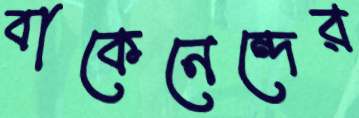
বাকেনেন্দের